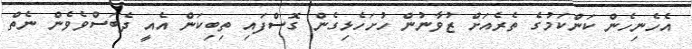
އެހެނިހެން ކަންކަމުގެ ތެރެއަށް ޒުވާނުން ހުށަހެޅިގެން ގޮސްފައި ތިބިކަން އެއީ ދެބަސްވެވެން ނެތް